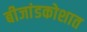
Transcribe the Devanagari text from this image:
बीजांडकोशात